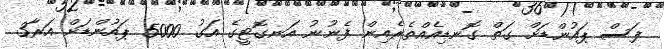
ފަސް ޕައުންޑަށް ގަތް ގޮނޑިއެއްތެރެއިން ފެނުނު އަނގޮޓީގެ އަގު 5000 ޕައުންޑަށް އަރާ3